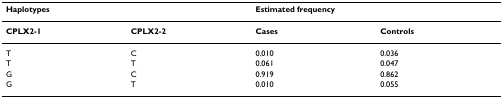
<table><thead><tr><td><b>Haplotypes</b></td><td></td><td colspan="2"><b>Estimated frequency</b></td></tr></thead><tbody><tr><td><b>CPLX2-1</b></td><td><b>CPLX2-2</b></td><td><b>Cases</b></td><td><b>Controls</b></td></tr><tr><td>T</td><td>C</td><td>0.010</td><td>0.036</td></tr><tr><td>T</td><td>T</td><td>0.061</td><td>0.047</td></tr><tr><td>G</td><td>C</td><td>0.919</td><td>0.862</td></tr><tr><td>G</td><td>T</td><td>0.010</td><td>0.055</td></tr></tbody></table>